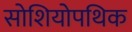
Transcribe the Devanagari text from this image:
सोशियोपथिक